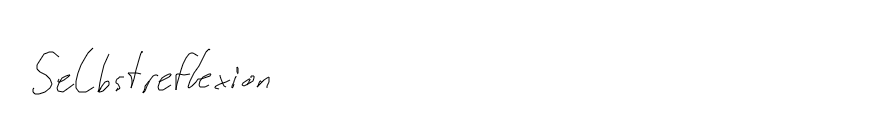
Selbstreflexion